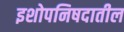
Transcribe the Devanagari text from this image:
इशोपनिषदातील